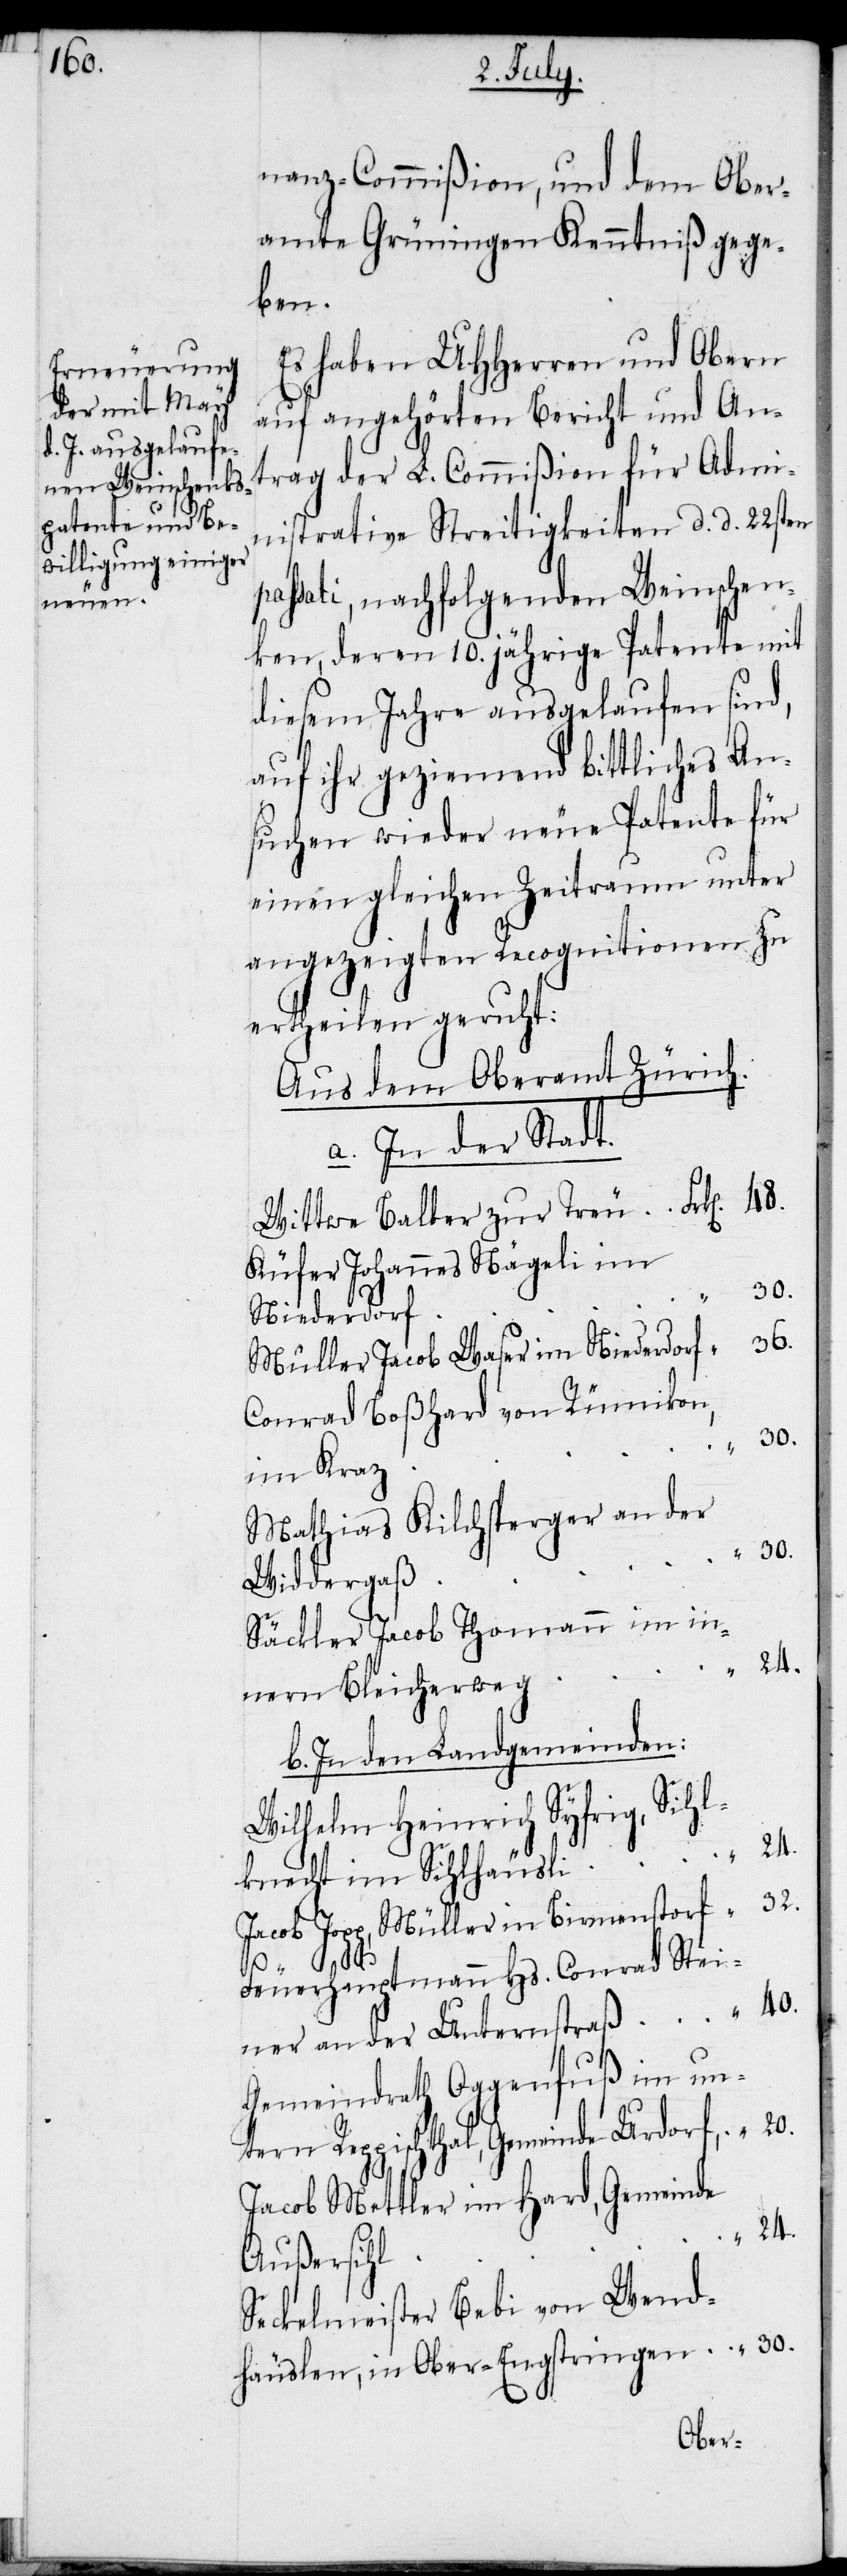
nanz-Commißion, und dem Ober¬
amte Grüningen Kenntniß gege¬
ben.
Es haben UHHerren und Obern
auf angehörten Bericht und Ant¬
rag der L. Commißion für Admi¬
nistrative Streitigkeiten d. d. 22sten
passati, nachfolgenden Weinschen¬
ken, deren 10. jährige Patente mit
diesem Jahre ausgelaufen sind,
auf ihr geziemend bittliches An¬
suchen wieder neue Patente für
einen gleichen Zeitraum unter
angezeigten Recognitionen zu
ertheilen geruht:
Aus dem Oberamt Zürich.
a. In der Stadt.
Wittwe Balber zur Treu
Küfer Johannes Nägeli im
20.
Niederdorf
Müller Jacob Waser im Niederdorf
Conrad Boßhard von Rümikon,
im Kraz
Mathias Kilchsperger an der
30.
Widdergaß
Säckler Jacob Thomann im in¬
nern Bleicherweg
b. In den Landgemeinden:
Wilhelm Heinrich Syfrig, Sihl¬
knecht im Sihlhäusli
Jacob Jopp, Müller in Birmenstorf
32.
“
Feuerhauptmann Hs. Conrad Stei¬
ner an der Unternstraß
Gemeindrath Oggenfuß im un¬
tern Reppischthal, Gemeinde Urdorf,
Jacob Mettler im Hard, Gemeinde
24.
40.
Außersihl
Seckelmeister Bebi von Wend¬
häuslen, in Ober-Engstringen